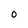
Character: o